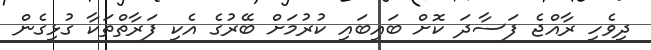
ދިވެހި ރާއްޖެ ފަސާދަ ކޮށް ބައިބައި ކުރުމަށް ބޭރުގެ އެކި ފަރާތްތަކާ ގުޅިގެން